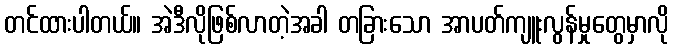
တင်ထားပါတယ်။ အဲဒီလိုဖြစ်လာတဲ့အခါ တခြားသော အာပတ်ကျူးလွန်မှုတွေမှာလို